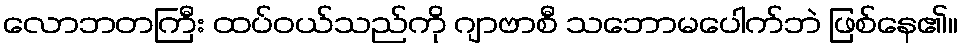
လောဘတကြီး ထပ်ဝယ်သည်ကို ဂျာဗာစီ သဘောမပေါက်ဘဲ ဖြစ်နေ၏။